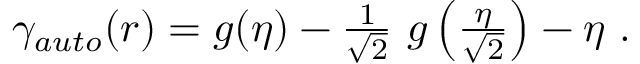
\begin{array} { r } { \gamma _ { a u t o } ( r ) = g ( \eta ) - \frac { 1 } { \sqrt { 2 } } ~ g \left( \frac { \eta } { \sqrt { 2 } } \right) - \eta ~ . } \end{array}